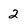
Character: 2